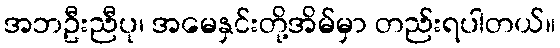
အဘဦးညီပု၊ အမေနှင်းတို့အိမ်မှာ တည်းရပါတယ်။